Lunatic asylums Madras 1892-1911 - 1892-1911
Year: 1892
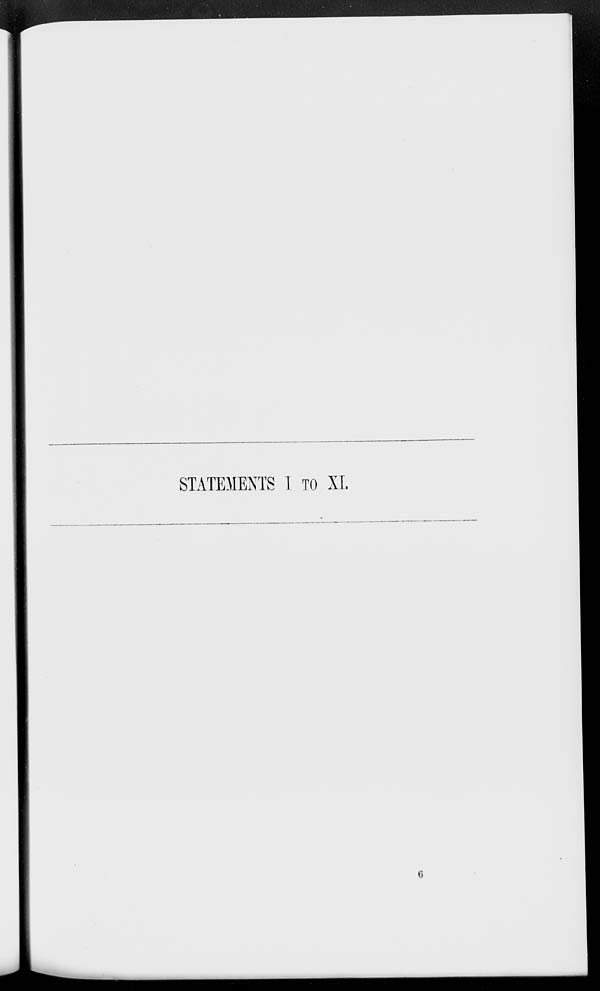
STATEMENTS I TO XL
6